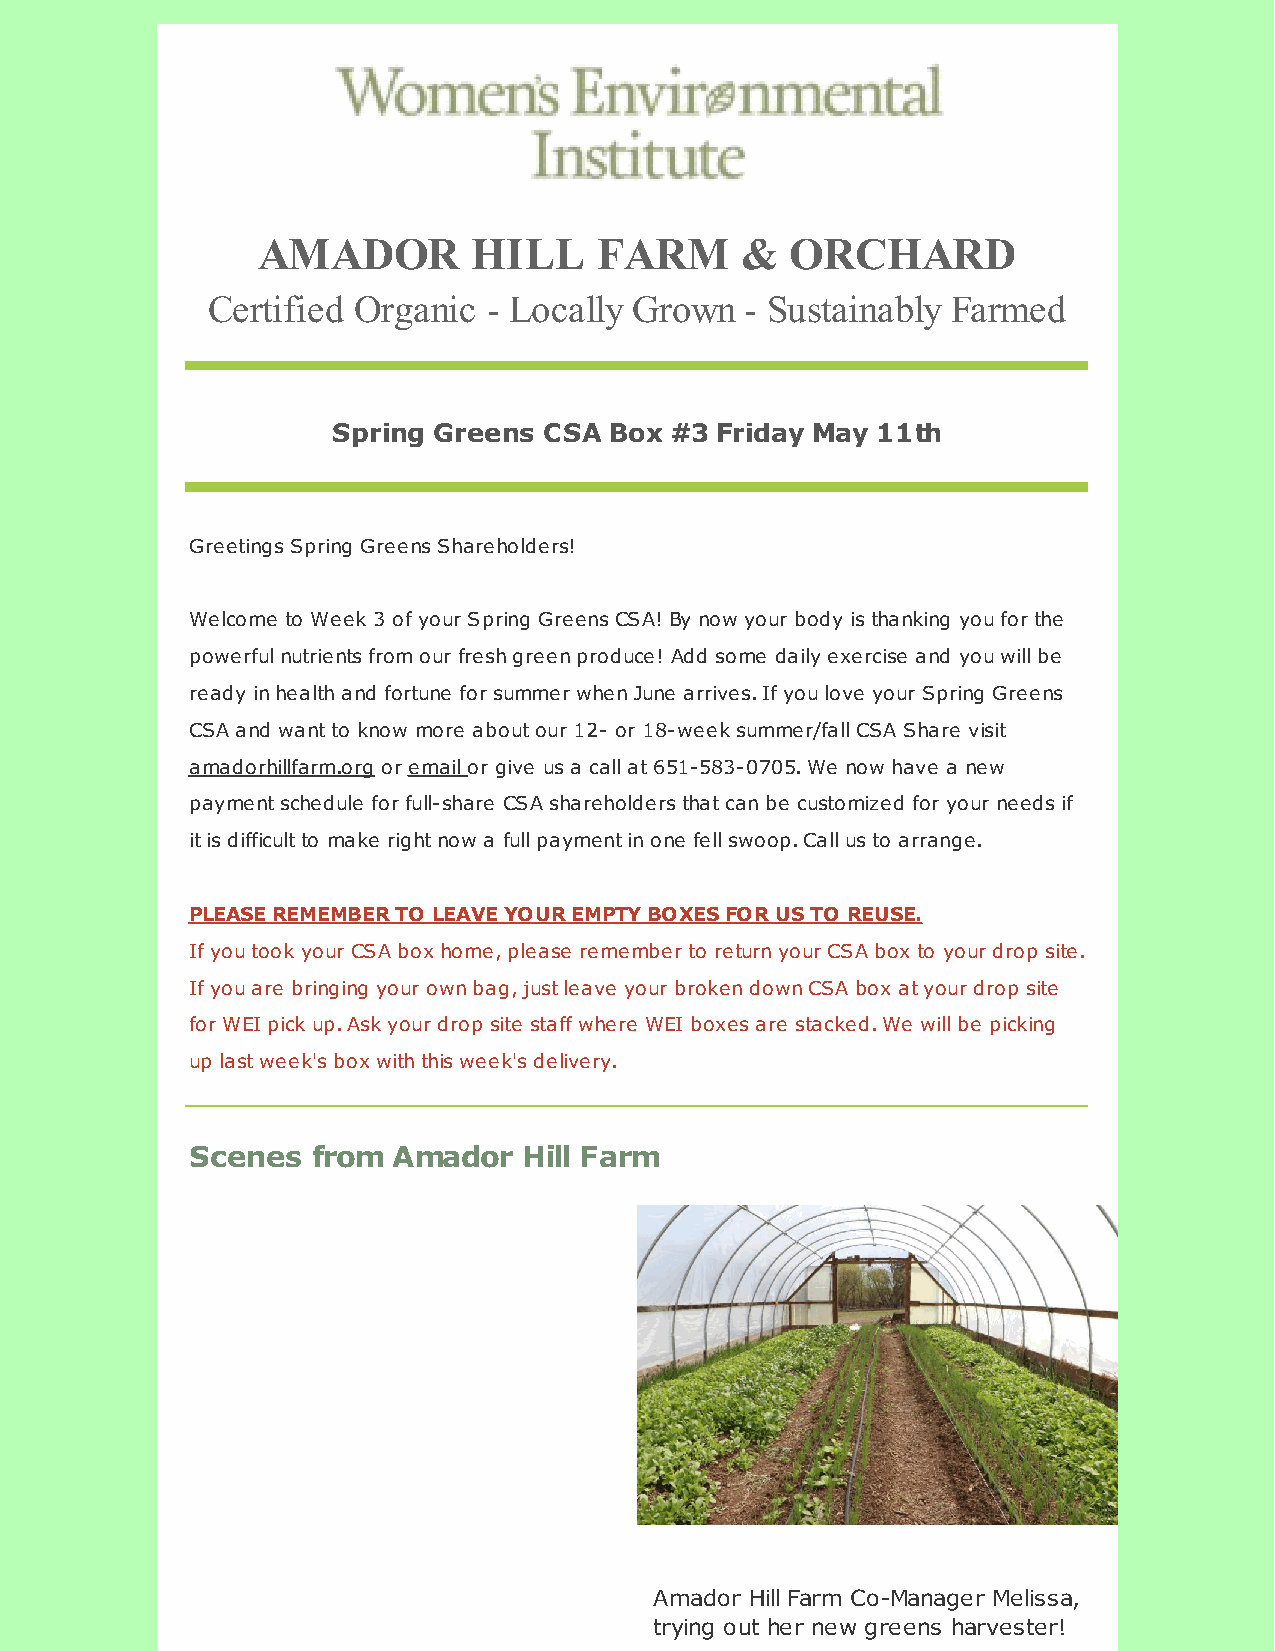
AMADOR        HILL     FARM     &  ORCHARD
 Certified Organic - Locally Grown  - Sustainably Farmed
 ​Spring Greens CSA Box #3 Friday May 11th
 Greetings Spring Greens Shareholders!
 Welcome to Week 3 of your Spring Greens CSA! By now your body is thanking you for the
 powerful nutrients from our fresh green produce! Add some daily exercise and you will be
 ready in health and fortune for summer when June arrives. If you love your Spring Greens
 CSA and want to know more about our 12- or 18-week summer/fall CSA Share visit
 amadorhillfarm.org or email or give us a call at 651-583-0705. We now have a new
 payment schedule for full-share CSA shareholders that can be customized for your needs if
 it is difficult to make right now a full payment in one fell swoop. Call us to arrange.
 PLEASE REMEMBER TO LEAVE YOUR EMPTY BOXES FOR US TO REUSE.
 If you took your CSA box home, please remember to return your CSA box to your drop site.
 If you are bringing your own bag, just leave your broken down CSA box at your drop site
 for WEI pick up. Ask your drop site staff where WEI boxes are stacked. We will be picking
 up last week's box with this week's delivery.
 Scenes  from Amador   Hill Farm
 Amador Hill Farm Co-Manager Melissa,
 trying out her new greens harvester!